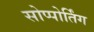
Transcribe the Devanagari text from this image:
सोप्पोर्तिंग